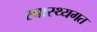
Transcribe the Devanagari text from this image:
स्वास्थ्यगत